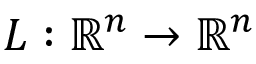
L : \mathbb { R } ^ { n } \to \mathbb { R } ^ { n }